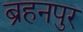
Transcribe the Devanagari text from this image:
ब्रहनपुर